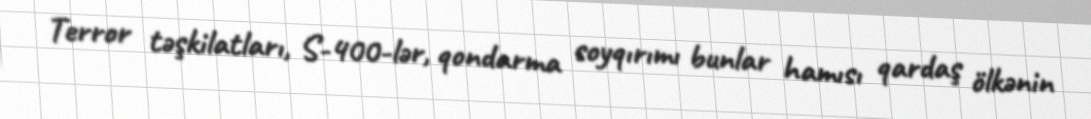
Terror təşkilatları, S-400-lər, qondarma soyqırımı bunlar hamısı qardaş ölkənin